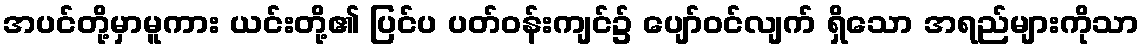
အပင်တို့မှာမူကား ယင်းတို့၏ ပြင်ပ ပတ်ဝန်းကျင်၌ ပျော်ဝင်လျက် ရှိသော အရည်များကိုသာ